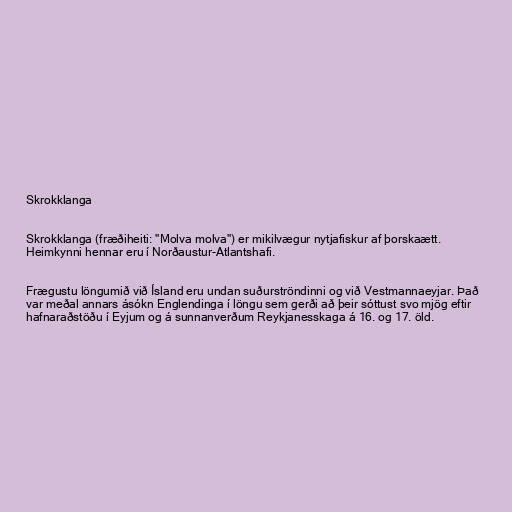
Skrokklanga

Skrokklanga (fræðiheiti: "Molva molva") er mikilvægur nytjafiskur af þorskaætt.
Heimkynni hennar eru í Norðaustur-Atlantshafi.

Frægustu löngumið við Ísland eru undan suðurströndinni og við Vestmannaeyjar. Það
var meðal annars ásókn Englendinga í löngu sem gerði að þeir sóttust svo mjög eftir
hafnaraðstöðu í Eyjum og á sunnanverðum Reykjanesskaga á 16. og 17. öld.